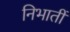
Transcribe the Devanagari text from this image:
निभातीं